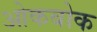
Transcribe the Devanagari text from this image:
ओकबोक